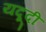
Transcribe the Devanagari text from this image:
यदूदी